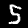
Label: 5